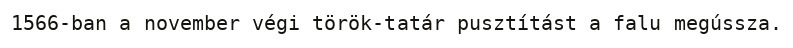
1566-ban a november végi török-tatár pusztítást a falu megússza.